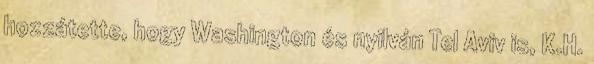
hozzátette, hogy Washington és nyilván Tel Aviv is, K.H.